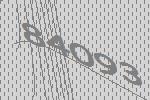
84093